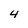
Character: 4